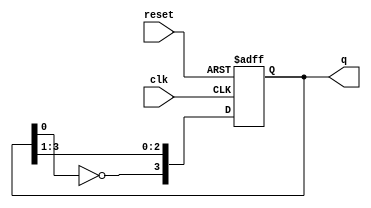
module johnson_counter (
    input wire clk,      // Clock signal
    input wire reset,    // Asynchronous reset signal
    output reg [3:0] q   // 4-bit output representing the state
);

    // Initial state
    initial begin
        q = 4'b0000; // Initialize counter to 0
    end

    // Flip-Flop behavior with feedback
    always @(posedge clk or posedge reset) begin
        if (reset) begin
            q <= 4'b0000; // Reset the counter to 0
        end else begin
            // Johnson Counter logic
            q[3] <= ~q[0]; // Inversion of the last flip-flop fed back to first
            q[2] <= q[3];  // Shift state
            q[1] <= q[2];  // Shift state
            q[0] <= q[1];  // Shift state
        end
    end

endmodule